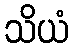
သိယံ